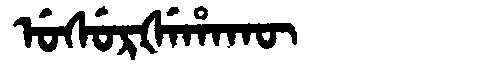
Manchu: ᡠᠰᡠᡵᡧᡝᡥᠠᡴᡡ
Romanization: USURŠEHAKŪ